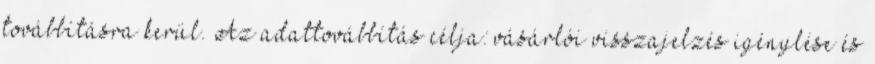
továbbításra kerül. Az adattovábbítás célja: vásárlói visszajelzés igénylése és